Scottish Leaving Certificate Examination, 1961
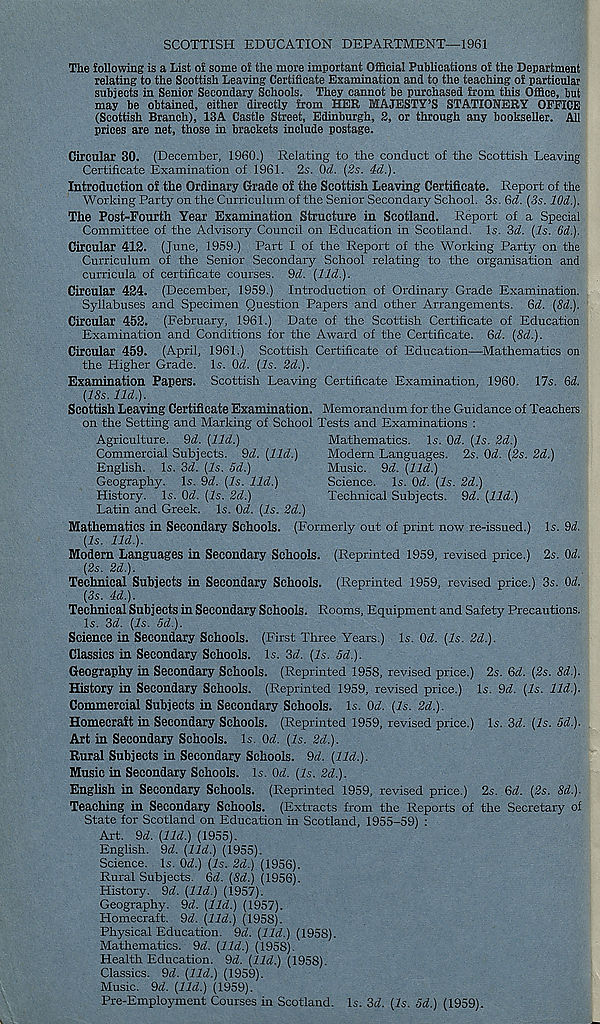
SCOTTISH EDUCATION DEPARTMENT—1961
The following is a List of some of the more important Official Publications of the Department
relating to the Scottish Leaving Certificate Examination and to the teaching of particular
subjects in Senior Secondary Schools. They cannot be purchased from this Office, but
may be obtained, either directly from HER MAJESTY’S STATIONERY OFFICE
(Scottish Branch), 13A Castle Street, Edinburgh, 2, or through any bookseller. All
prices are net, those in brackets include postage.
Circular 30. (December, 1960.) Relating to the conduct of the Scottish Leaving
Certificate Examination of 1961. 2s. Od. (2s. 4d.).
Introduction of the Ordinary Grade of the Scottish Leaving Certificate. Report of the
Working Party on the Curriculum of the Senior Secondary School. 3s. Qd. (3s. 10d.).
The Post-Fourth Year Examination Structure in Scotland. Report of a Special
Committee of the Advisory Council on Education in Scotland. Is. Sd. (Is. 6d.).
Circular 412. (June, 1959.) Part I of the Report of the Working Party on the
Curriculum of the Senior Secondary School relating to the organisation and
curricula of certificate courses. 9d. (lid.).
Circular 424. (December, 1959.) Introduction of Ordinary Grade Examination.
Syllabuses and Specimen Question Papers and other Arrangements. Qd. (8d.).
Circular 452. (February, 1961.) Date of the Scottish Certificate of Education
Examination and Conditions for the Award of the Certificate. 6d. (8d.).
-Mathematics on
Circular 459. (April,
the Higher Grade.
Examination Papers.
(18s. lid.).
Scottish Leaving Certificate Examination. Memorandum for the Guidance of Teachers
on the Setting and Marking of School Tests and Examinations :
1961.) Scottish Certificate of Education-
1s. Qd. (Is. 2d.).
Scottish Leaving Certificate Examination, 1960. 17s. (id.
Mathematics. Is. Qd. (Is. 2d.)
Modern Languages. 2s. Od. (2s.
Music. 9d. (lid.)
Science. Is. Od. (Is. 2d.)
Technical Subjects. 9d. (lid.)
2d.)
Agriculture. 9d. (lid.)
Commercial Subjects. 9d. (lid.)
English. Is. 3d. (Is. 5d.)
Geography. Is. 9d. (Is. lid.)
History. Is. Od. (Is. 2d.)
Latin and Greek. Is. Od. (Is. 2d.)
Mathematics in Secondary Schools. (Formerly out of print now re-issued.) Is. 9d.
(Is. lid.).
Modern Languages in Secondary Schools. (Reprinted 1959, revised price.) 2s. Od.
(2s. 2d.).
Technical Subjects in Secondary Schools. (Reprinted 1959, revised price.) 3s. Od.
(3s. 4d.).
Technical Subjects in Secondary Schools. Rooms, Equipment and Safety Precautions.
Is. 3d. (Is. 5d.).
Science in Secondary Schools. (First Three Years.) Is. Od. (Is. 2d.).
Classics in Secondary Schools. Is. 3d. (Is. 5d.).
Geography in Secondary Schools. (Reprinted 1958, revised price.) 2s. 6d. (2s. 8d.).
History in Secondary Schools. (Reprinted 1959, revised price.) Is. 9d. (Is. lid.).
Commercial Subjects in Secondary Schools. Is. Od. (Is. 2d.).
Homecraft in Secondary Schools. (Reprinted 1959, revised price.) Is. 3d. (Is. Sd.).
Art in Secondary Schools. Is. Od. (Is. 2d.).
Rural Subjects in Secondary Schools. 9d. (lid.).
Music in Secondary Schools. Is. Od. (Is. 2d.).
English in Secondary Schools. (Reprinted 1959, revised price.) 2s. 6d. (2s. 8d.).
Teaching in Secondary Schools. (Extracts from the Reports of the Secretary of
State for Scotland on Education in Scotland, 1955-59) :
Art. 9d. (lid.) (1955).
English. 9d. (lid.) (1955).
Science. Is. Od.) (Is. 2d.) (1956).
Rural Subjects. 6d. (8d.) (1956).
History. 9d. (lid.) (1957).
Geography. 9d. (lid.) (1957).
Homecraft. 9d. (lid.) (1958).
Physical Education. 9d. (lid.) (1958).
Mathematics. 9d. (lid.) (1958).
Health Education. 9d. (lid.) (1958).
Classics. 9d. (lid.) (1959).
Music. 9d. (lid.) (1959).
Pre-Employment Courses in Scotland. Is. 3d. (Is. 5d.) (1959).